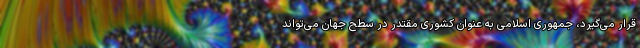
قرار می‌گیرد، جمهوری اسلامی به عنوان کشوری مقتدر در سطح جهان می‌تواند